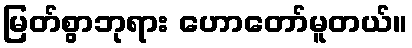
မြတ်စွာဘုရား ဟောတော်မူတယ်။